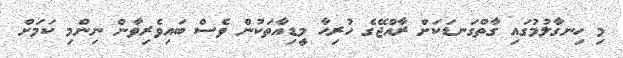
މި ހިނގާލުމުގައި ގާތްގަނޑަކަށް ރާއްޖޭގެ ހުރިހާ މީޑިއާތަކުން ވެސް ބައިވެރިވާން ނިންމި ކަމަށް